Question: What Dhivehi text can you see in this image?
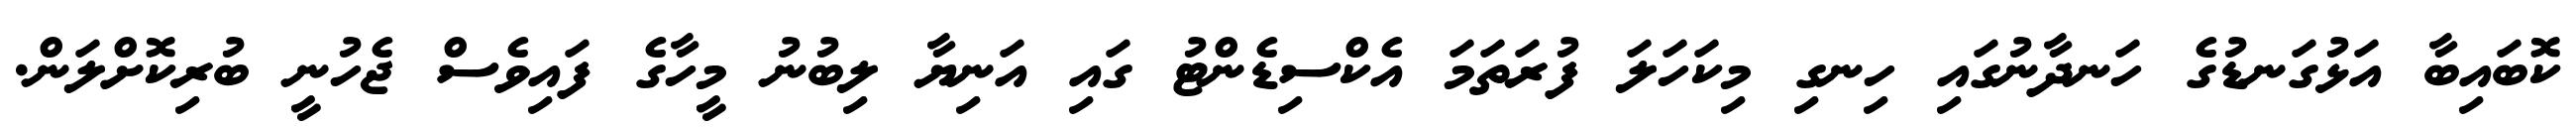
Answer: ކޮބައިބާ އަޅުގަނޑުގެ ހަނދާނުގައި ހިނގި މިކަހަލަ ފުރަތަމަ އެކްސިޑެންޓު ގައި އަނިޔާ ލިބުނު މީހާގެ ފައިވެސް ޖެހުނީ ބުރިކޮށްލަން.